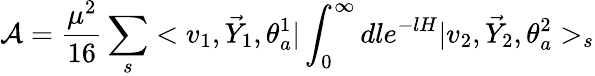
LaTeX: {\cal A}=\frac{\mu^{2}}{16}\sum_{s}<v_{1},\vec{Y}_{1},\theta_{a}^{1}|\int_{0}^{\infty}dle^{-lH}|v_{2},\vec{Y}_{2},\theta_{a}^{2}>_{s}